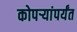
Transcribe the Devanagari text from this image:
कोपर्‍यांपर्यंत